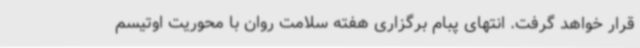
قرار خواهد گرفت. انتهای پبام برگزاری هفته سلامت روان با محوریت اوتیسم